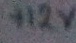
Text: +12V